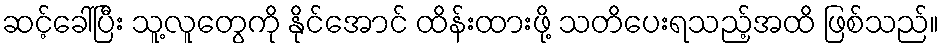
ဆင့်ခေါ်ပြီး သူ့လူတွေကို နိုင်အောင် ထိန်းထားဖို့ သတိပေးရသည့်အထိ ဖြစ်သည်။